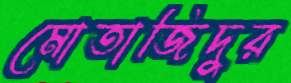
মোতাজিদুর